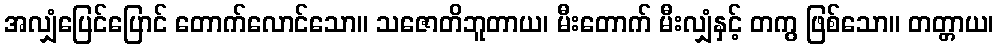
အလျှံပြေင်ပြောင် တောက်လောင်သော။ သဇောတိဘူတာယ၊ မီးတောက် မီးလျှံနှင့် တကွ ဖြစ်သော။ တတ္တာယ၊